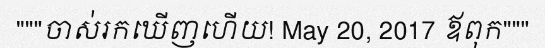
"""ចាស់រកឃើញហើយ! May 20, 2017 ឪពុក"""